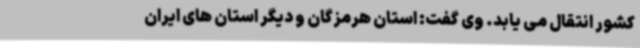
کشور انتقال می یابد. وی گفت: استان هرمزگان و دیگر استان های ایران